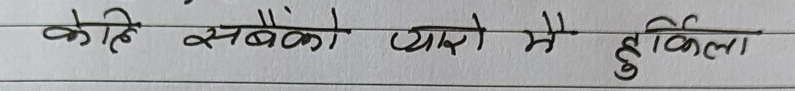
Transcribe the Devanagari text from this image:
कति सबैको प्यारो मेरो हुर्किला